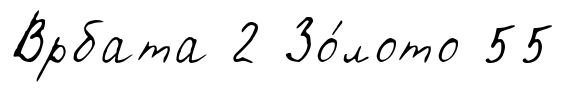
Врбата 2 Зо́лото 55